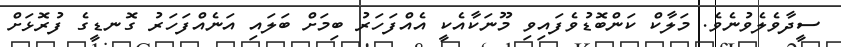
ސީދާވެލެވުނެވެ. މަލާކް ކަންބޮޑުވެފައިވި މޫނަކާއެކީ އެއްފަހަރު ބިމަށް ބަލައި އަނެއްފަހަރު ގޮނޑީގެ ފުރޮޅަށް